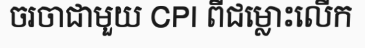
ចរចាជាមួយ CPI ពីជម្លោះលើក